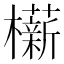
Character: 𬅋